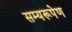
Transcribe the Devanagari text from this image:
सम्यरूपेण